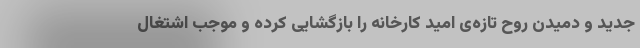
جدید و دمیدن روح تازه‌ی امید کارخانه را بازگشایی کرده و موجب اشتغال